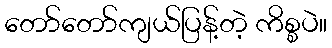
တော်တော်ကျယ်ပြန့်တဲ့ ကိစ္စပဲ။